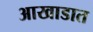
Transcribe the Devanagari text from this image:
आखाडात